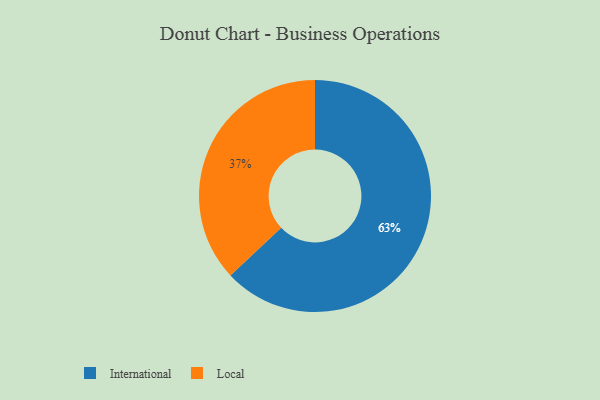
{"axis": {"x": "Category", "y": "Percentage"}, "legend": ["International", "Local"], "data": [{"x": "International", "y": 63, "type": "International"}, {"x": "Local", "y": 37, "type": "Local"}]}